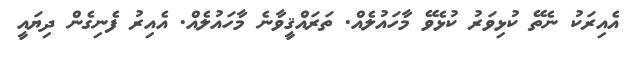
އެއިރަކު ނެތޭ ކުޅިވަރު ކުޅެވޭ މާހައުލެއް. ތަރައްޤީވާނެ މާހައުލެއް. އެއިރު ފެނިގެން ދިޔައީ